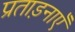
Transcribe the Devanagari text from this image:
प्रताड़नाएँ